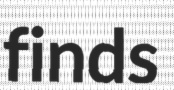
finds